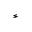
^ { * }